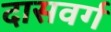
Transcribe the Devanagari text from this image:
दासवर्ग